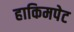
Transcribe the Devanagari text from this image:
हाकिमपेट